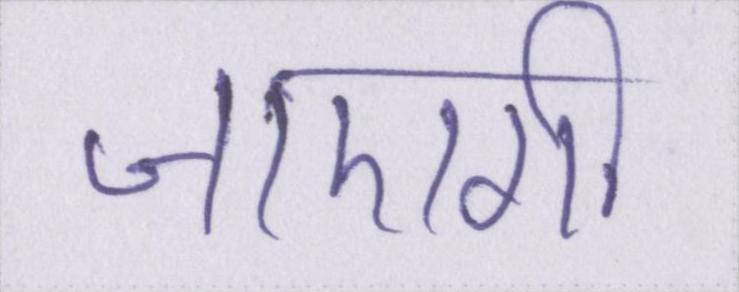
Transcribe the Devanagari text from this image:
जाएगी